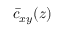
\bar { c } _ { x y } ( z )